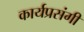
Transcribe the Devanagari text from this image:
कार्यप्रसंगी